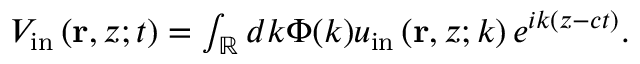
\begin{array} { r } { V _ { \mathrm { i n } } \left( \mathbf { r } , z ; t \right) = \int _ { \mathbb { R } } d k \Phi ( k ) u _ { \mathrm { i n } } \left( \mathbf { r } , z ; k \right) e ^ { i k ( z - c t ) } . } \end{array}